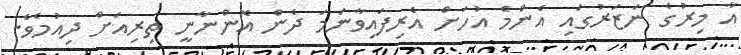
އާ މިރުގެ ނަޒަރުގައި އެންމެ އުހަށް އެރިފައިވާނަމަ ދެން އޮންނާނީ ތިރިއަށް ދިއުމެވެ.